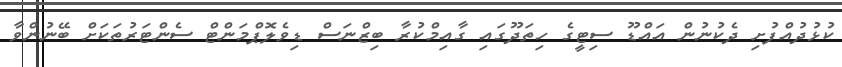
ކުޅުދުއްފުށި ދެކުނުން އައްޑޫ ސިޓީގެ ހިތަދޫގައި ގާއިމްކުރާ ބިޒްނަސް ޑިވެލޮޕްމަންޓް ސެންޓަރުތަކަށް ބޭނުންވާ